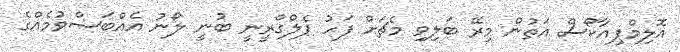
އޮލިމްޕިއާކޯސް އަތުން މިރޭ ބަލިވި މެޗަށް ފަހު ޕެލްގްރީނީ ބުނީ ލޯނު އެއްބަސްވުމެއްގެ